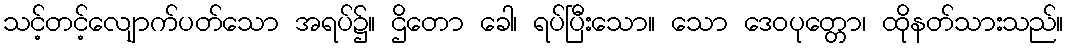
သင့်တင့်လျောက်ပတ်သော အရပ်၌။ ဌိတော ခေါ၊ ရပ်ပြီးသော။ သော ဒေဝပုတ္တော၊ ထိုနတ်သားသည်။